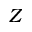
Z